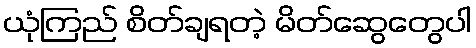
ယုံကြည် စိတ်ချရတဲ့ မိတ်ဆွေတွေပါ